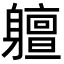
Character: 䡀